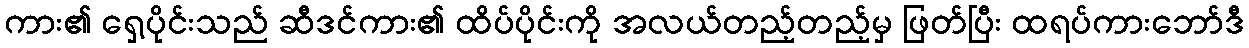
ကား၏ ရှေ့ပိုင်းသည် ဆီဒင်ကား၏ ထိပ်ပိုင်းကို အလယ်တည့်တည့်မှ ဖြတ်ပြီး ထရပ်ကားဘော်ဒီ